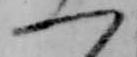
一